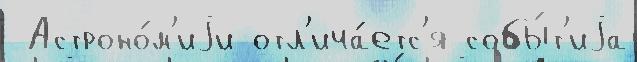
 Астроно́м'иjи отл'ича́етс'я собы́т'иjа